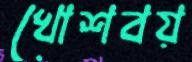
খোশবয়